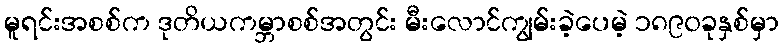
မူရင်းအစစ်က ဒုတိယကမ္ဘာစစ်အတွင်း မီးလောင်ကျွမ်းခဲ့ပေမဲ့ ၁၈၉၀ခုနှစ်မှာ